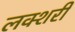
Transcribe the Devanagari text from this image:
लक्शरी